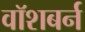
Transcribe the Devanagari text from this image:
वॉशबर्न